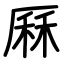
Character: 厤